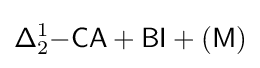
{\mathsf {\Delta }}_{2}^{1}{\mathsf {-CA+BI+(M)}}